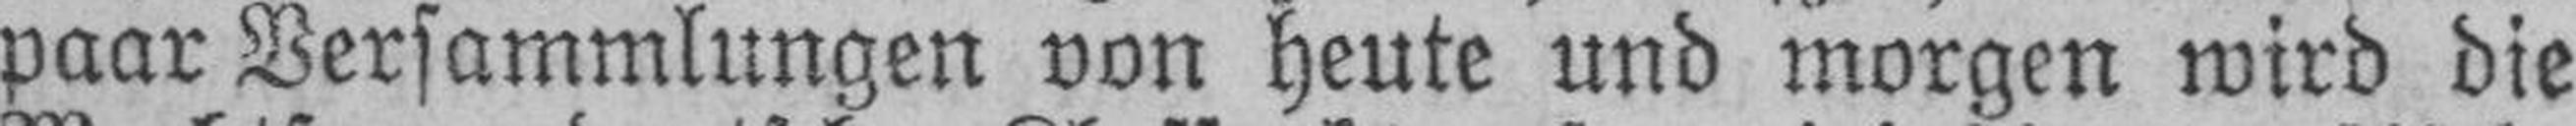
paar Versammlungen von heute und morgen wird die